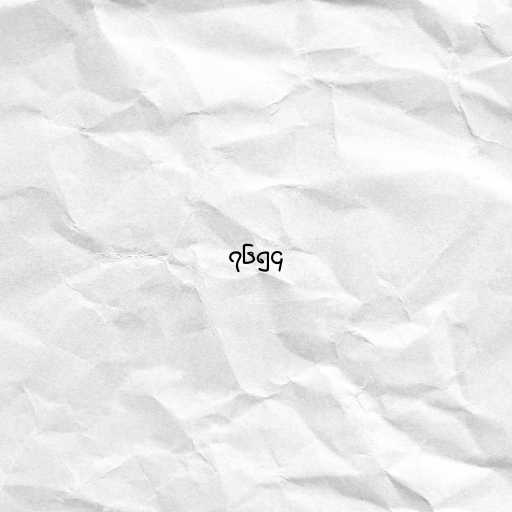
၇၆၅၄